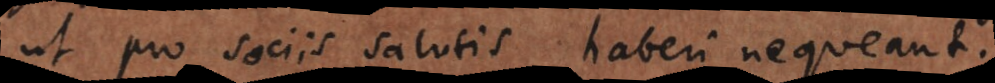
ut pro sociis salutis haberi nequeant.